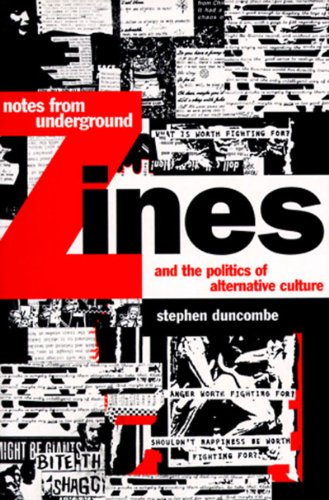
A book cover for Notes from Underground: Zines and the Politics of Alternative Culture (The Haymarket Series); Stephen Duncombe; Humor & Entertainment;